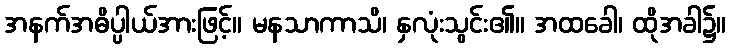
အနက်အဓိပ္ပါယ်အားဖြင့်။ မနသာကာသိ၊ နှလုံးသွင်း၏။ အထခေါ၊ ထိုအခါ၌။